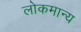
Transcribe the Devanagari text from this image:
लोकमान्‍य